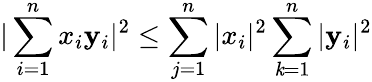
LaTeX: |\sum\limits_{i=1}^{n}x_{i}\mathbf{y}_{i}|^{2}\leq\sum\limits_{j=1}^{n}|x_{i}|^{2}\sum\limits_{\mathit{k}=1}^{n}|\mathbf{y}_{i}|^{2}